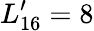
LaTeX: L_{16}^{\prime}=8